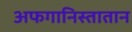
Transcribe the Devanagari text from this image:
अफगानिस्तातान